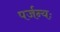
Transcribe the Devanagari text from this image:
पर्जन्यः